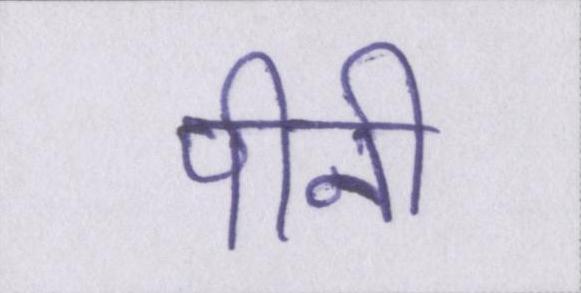
पीनी